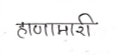
मजकूर: हाणामारी